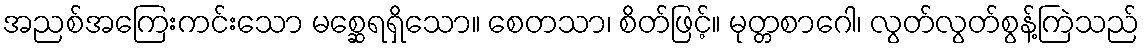
အညစ်အကြေးကင်းသော မစ္ဆေရရှိသော။ စေတသာ၊ စိတ်ဖြင့်။ မုတ္တစာဂေါ၊ လွတ်လွတ်စွန့်ကြဲသည်